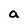
Character: a